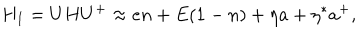
H _ { I } = U H U ^ { + } \approx e n + E ( 1 - n ) + \eta a + \eta ^ { * } a ^ { + } ,